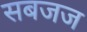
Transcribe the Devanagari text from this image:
सबजज